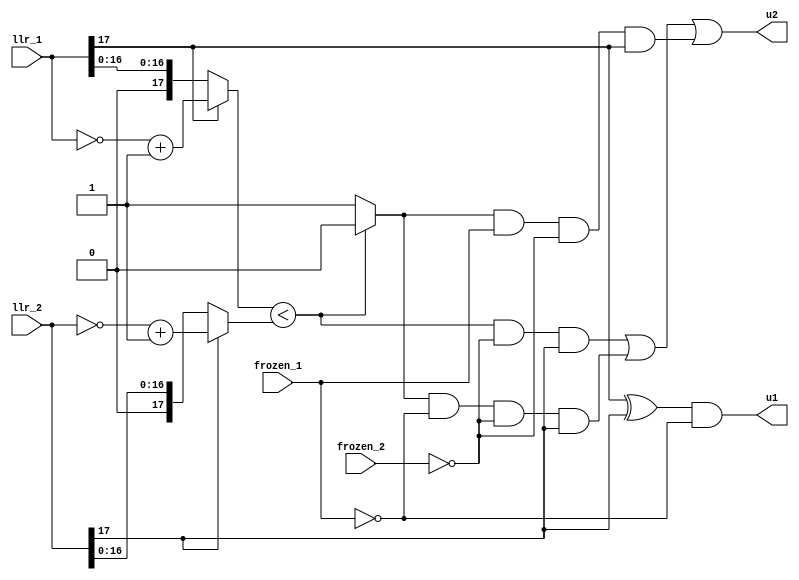
module pNoode(
    input [17:0] llr_1,
    input [17:0] llr_2,
    input frozen_1, // 0 not frozen, 1 for frozen
    input frozen_2,
    output u1,
    output u2
);

wire [17:0] llr_1_abs, llr_2_abs;
wire comp;

assign llr_1_abs = (llr_1[17] == 1) ? ~llr_1 + 1 : llr_1;
assign llr_2_abs = (llr_2[17] == 1) ? ~llr_2 + 1 : llr_2;
assign comp = (llr_1_abs < llr_2_abs) ? 0 : 1;

assign u1 = (llr_1[17] ^ llr_2[17]) & (~frozen_1);
assign u2 = (~comp & ~frozen_2 & llr_2[17]) | (comp & ~frozen_1 & ~frozen_2 & llr_2[17])
                | (comp & frozen_1 & ~frozen_2 & llr_1[17]);


endmodule